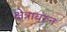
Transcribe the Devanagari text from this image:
क्षेत्रावरून